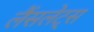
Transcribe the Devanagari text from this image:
लैंसलेट्स